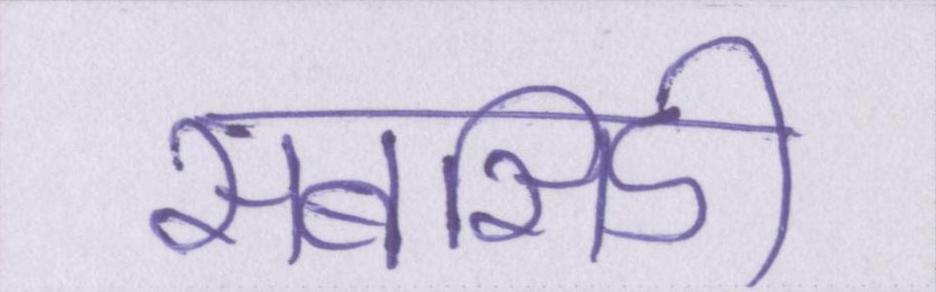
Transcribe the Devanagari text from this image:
सबसिडी